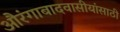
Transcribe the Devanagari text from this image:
औरंगाबादवासीयांसाठी